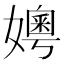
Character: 𪦪